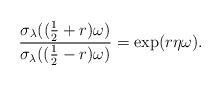
LaTeX: \begin{align*}\frac{\sigma_\lambda((\frac12+r)\omega)}{\sigma_\lambda((\frac12-r)\omega)} = \exp(r\eta\omega).\end{align*}